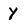
Character: y